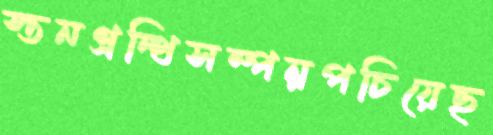
স্তনগ্রন্থিসম্পন্নপচিয়েছ